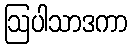
ဩပါသာဒကာ